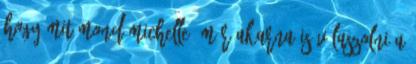
hogy mit mond Michelle, már akarna is válaszolni a